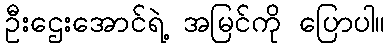
ဦးဌေးအောင်ရဲ့ အမြင်ကို ပြောပါ။